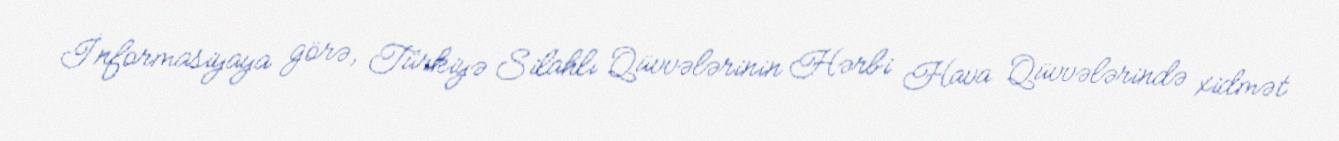
İnformasiyaya görə, Türkiyə Silahlı Qüvvələrinin Hərbi Hava Qüvvələrində xidmət